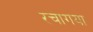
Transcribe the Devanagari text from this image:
रचागया